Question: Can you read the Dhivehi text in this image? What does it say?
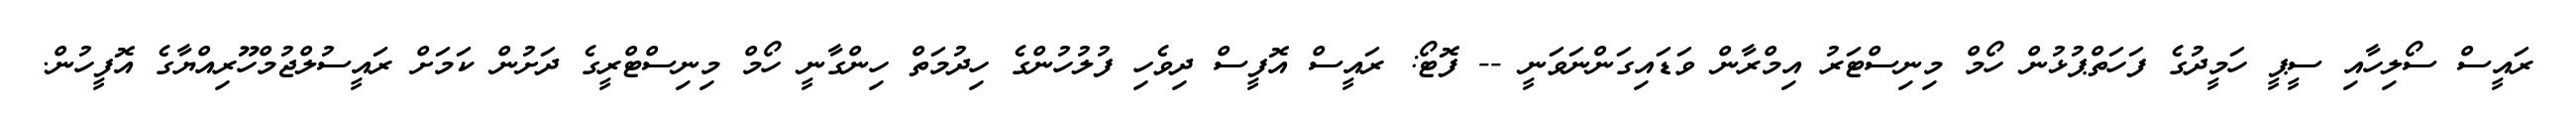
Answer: ރައީސް ސޯލިހާއި ސީޕީ ހަމީދުގެ ފަހަތްޕުޅުން ހޯމް މިނިސްޓަރު އިމްރާން ވަޑައިގަންނަވަނީ -- ފޮޓޯ: ރައީސް އޮފީސް ދިވެހި ފުލުހުންގެ ހިދުމަތް ހިންގާނީ ހޯމް މިނިސްޓްރީގެ ދަށުން ކަމަށް ރައީސުލްޖުމްހޫރިއްޔާގެ އޮފީހުން.